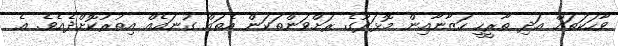
ވާހަކަތައް އަދި ތާރީހީ ހަޒާނާއިން މޮޅަދޫގެ ރަށްވަންތަކަން އެތައް ގުނައެއް އިތުރުކޮށްދެއެވެ. އެ